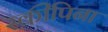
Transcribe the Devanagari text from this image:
स्कीपिना